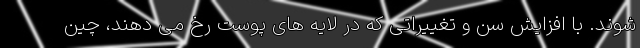
شوند. با افزایش سن و تغییراتی که در لایه های پوست رخ می دهند، چین